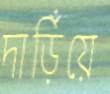
দাড়িঁয়ে